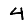
Digit: 4